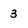
Character: 3